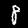
Digit: 8